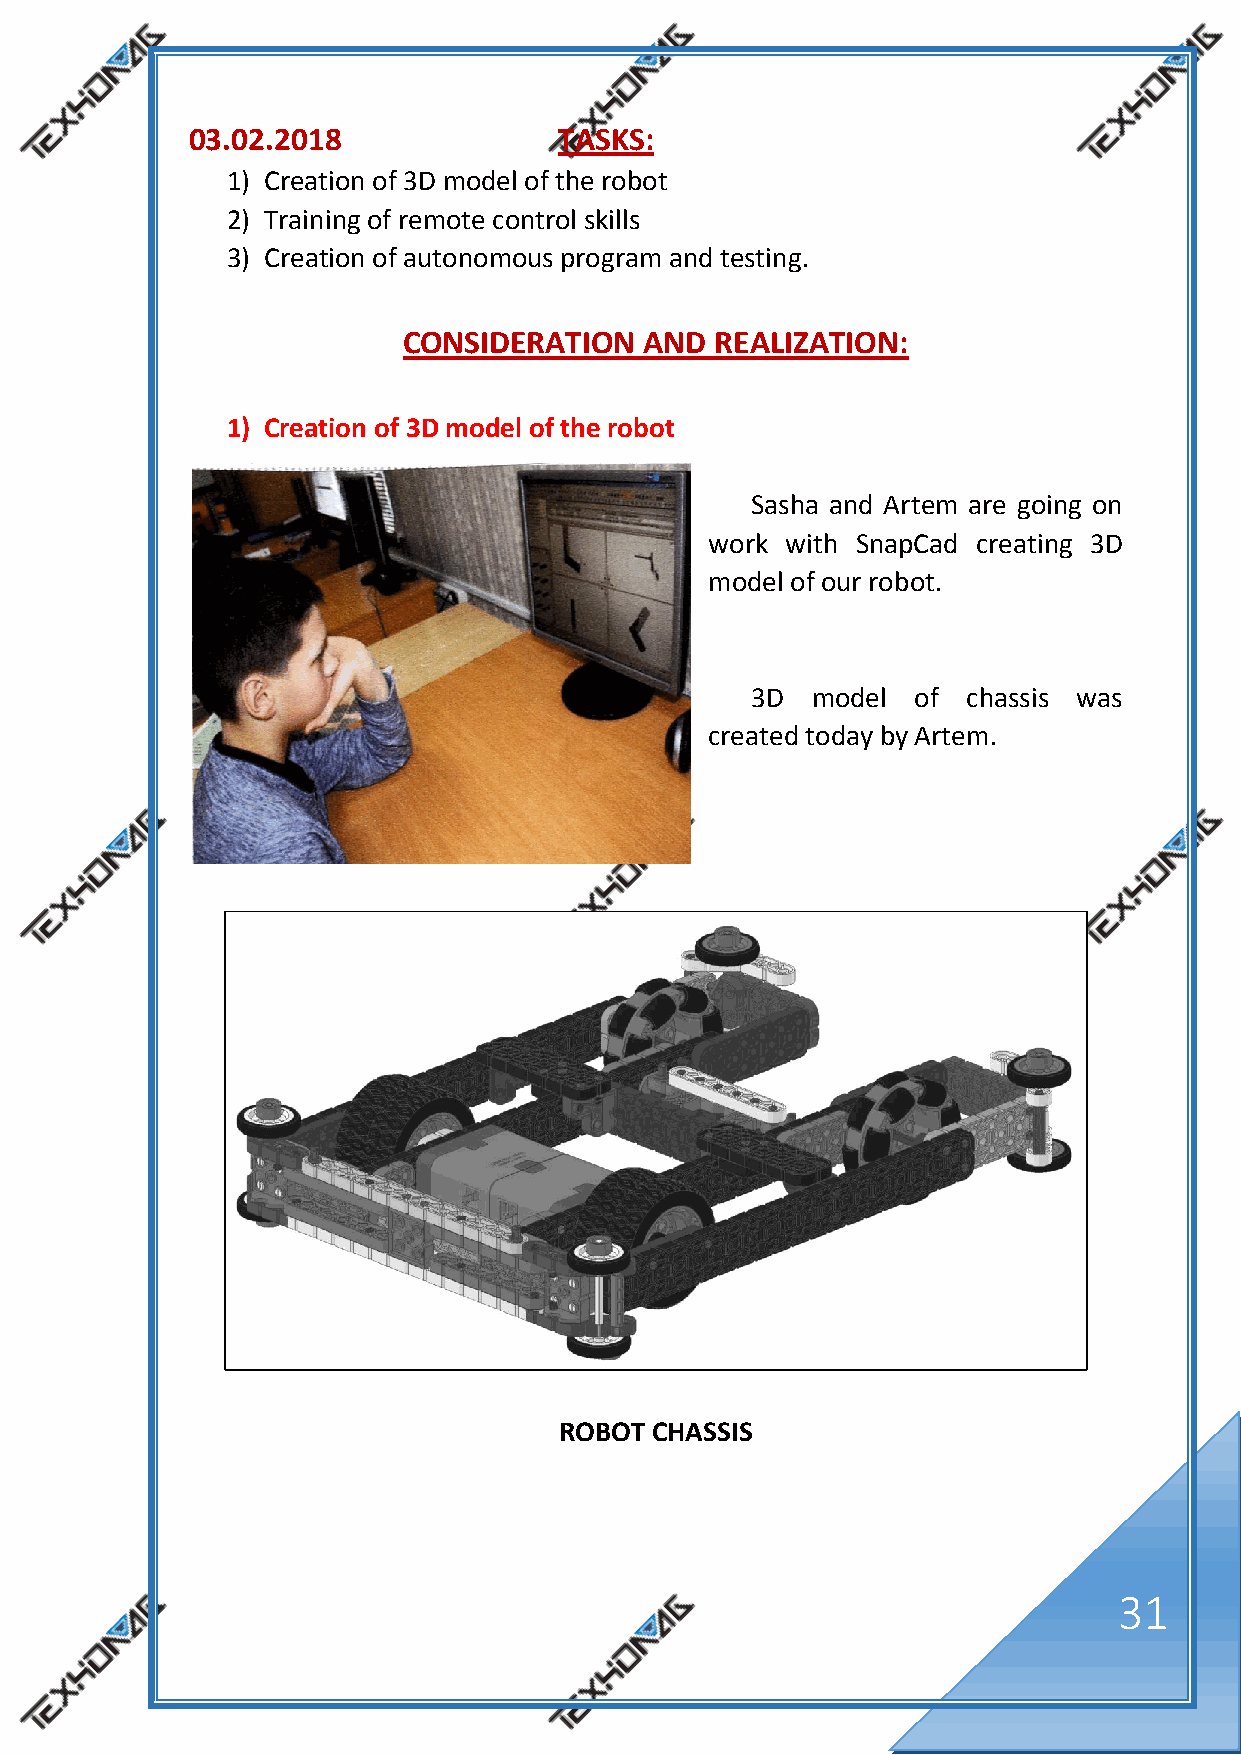
03.02.2018              TASKS:
 1) Creation of 3D model of the robot
 2) Training of remote control skills
 3) Creation of autonomous program and testing.
 CONSIDERATION   AND REALIZATION:
 1) Creation of 3D model of the robot
 Sasha and Artem are going on
 work with SnapCad creating 3D
 model of our robot.
 3D  model  of chassis was
 created today by Artem.
 ROBOT CHASSIS
 31